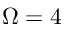
\Omega = 4